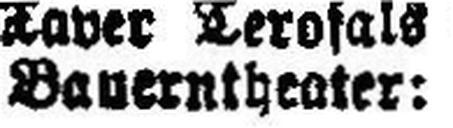
Bauerntheater: